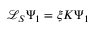
\mathcal { L } _ { S } \Psi _ { 1 } = \xi K \Psi _ { 1 }